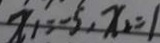
x _ { 1 } = - 5 , x _ { 2 } = 1